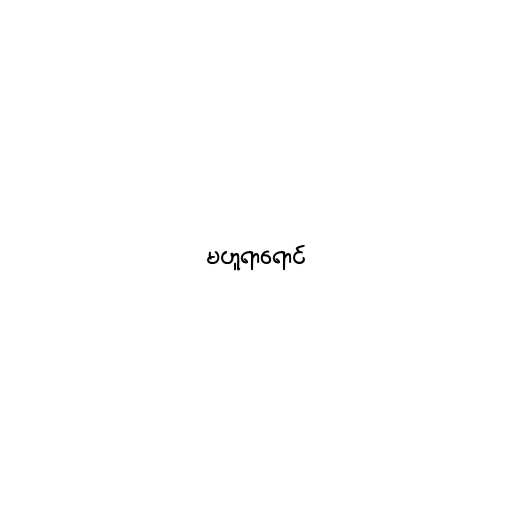
မဟူရာရောင်